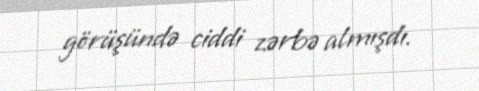
görüşündə ciddi zərbə almışdı.